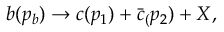
b ( p _ { b } ) \rightarrow c ( p _ { 1 } ) + \bar { c } _ { ( } p _ { 2 } ) + X ,